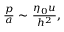
\begin{array} { r } { \frac { p } { a } \sim \frac { \eta _ { 0 } u } { h ^ { 2 } } , } \end{array}